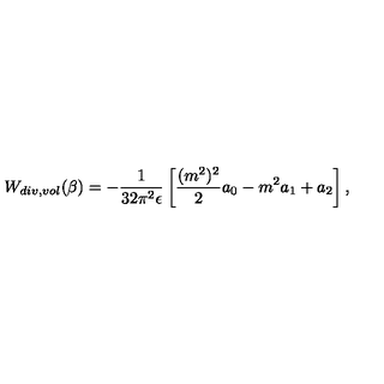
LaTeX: W _ { d i v , v o l } ( \beta ) = - { \frac { 1 } { 3 2 \pi ^ { 2 } \epsilon } } \left[ { \frac { ( m ^ { 2 } ) ^ { 2 } } { 2 } } a _ { 0 } - m ^ { 2 } a _ { 1 } + a _ { 2 } \right] ,